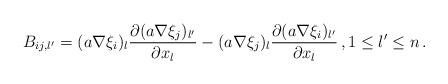
LaTeX: \begin{align*} B_{ij, l'} = (a\nabla\xi_i)_l \frac{\partial(a\nabla\xi_j)_{l'}}{\partial x_l} - (a\nabla\xi_j)_l\frac{\partial(a\nabla\xi_i)_{l'}}{\partial x_l}\,, 1 \le l' \le n\,.\end{align*}